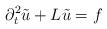
LaTeX: \begin{align*}\partial_t^2 \tilde u + L \tilde u = f \end{align*}